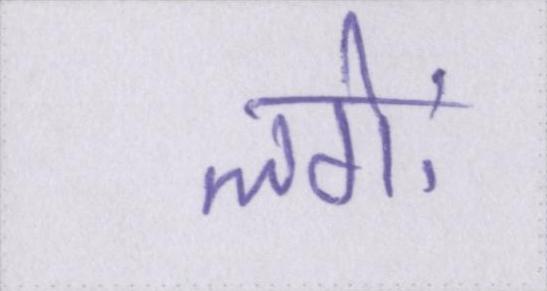
लगेः